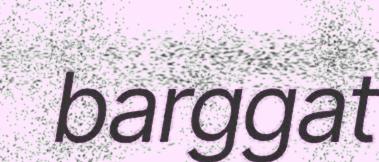
barggat